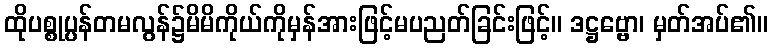
ထိုပစ္စုပ္ပန်တမလွန်၌မိမိကိုယ်ကိုမှန်အားဖြင့်မပညတ်ခြင်းဖြင့်။ ဒဋ္ဌဗ္ဗော၊ မှတ်အပ်၏။